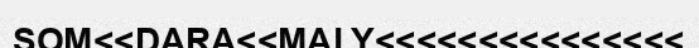
SOM<<DARA<<MALY<<<<<<<<<<<<<<<